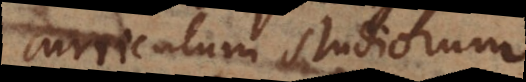
curriculum studiorum